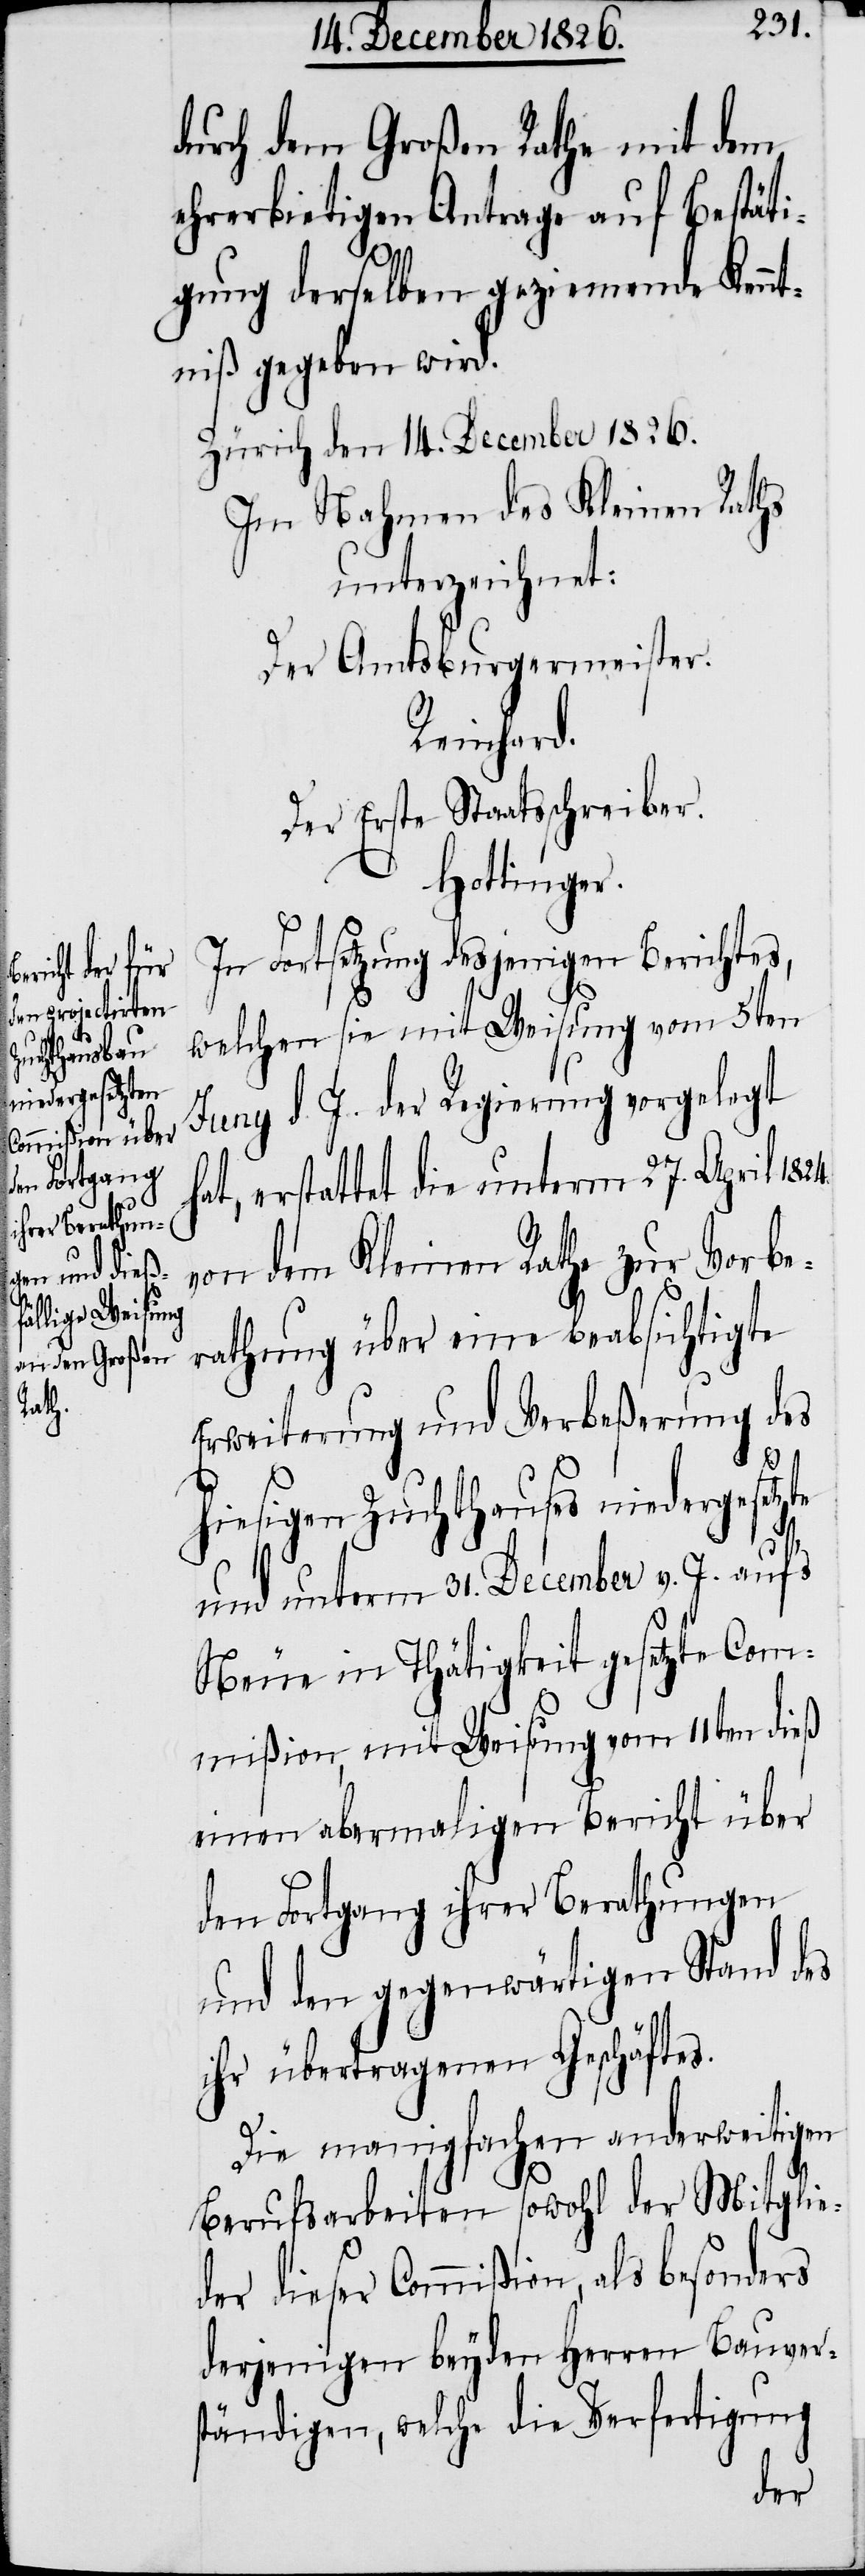
durch dem Großen Rathe mit dem
ehrerbietigen Antrage auf Bestäti¬
gung derselben geziemende Kennt¬
niß gegeben wird.
Zürich den 14. December 1826.
Im Nahmen des Kleinen Raths
unterzeichnet:
Der Amtsburgermeister.
Reinhard.
Der Erste Staatsschreiber.
Hottinger.
In Fortsetzung desjenigen Berichtes,
welchen sie mit Weisung vom 5ten
Juny d. J. der Regierung vorgelegt
hat, erstattet die unterm 27. April 1824.
von dem Kleinen Rathe zur Vorbe¬
rathung über eine beabsichtigte
Erweiterung und Verbeßerung des
hiesigen Zuchthauses niedergesetzte
und unterm 31. December v. J. aufs
Neue in Thätigkeit gesetzte Com¬
mißion, mit Weisung vom 11ten dieß
einen abermaligen Bericht über
den Fortgang ihrer Berathungen
und den gegenwärtigen Stand des
ihr übertragenen Geschäftes.
Die manigfachen anderweitigen
Berufsarbeiten sowohl der Mitglie¬
der dieser Commißion, als besonders
derjenigen beyden Herren Bauvers¬
tändigen, welche die Verfertigung